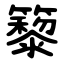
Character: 䉫